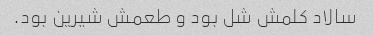
سالاد کلمش شل بود و طعمش شیرین بود.